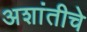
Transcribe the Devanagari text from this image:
अशांतीचे